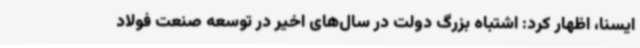
ایسنا، اظهار کرد: اشتباه بزرگ دولت در سال‌های اخیر در توسعه صنعت فولاد